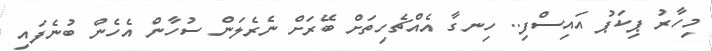
މިހާރު ޕިކަޕު އައިސްފި.. ހިނގާ އެއްޗެހިތަށް ބޭރަށް ނެރެލަން ސުހާން އެހެން ބުނެފައި